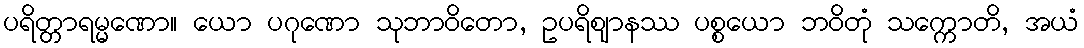
ပရိတ္တာရမ္မဏော။ ယော ပဂုဏော သုဘာဝိတော, ဥပရိဈာနဿ ပစ္စယော ဘဝိတုံ သက္ကောတိ, အယံ